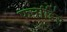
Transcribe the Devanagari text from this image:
फर्नाडिंस